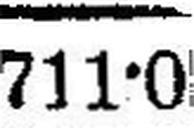
711•0